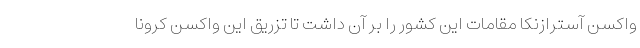
واکسن آسترازنکا مقامات این کشور را بر آن داشت تا تزریق این واکسن کرونا